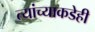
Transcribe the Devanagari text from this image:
त्यांच्याकडेही